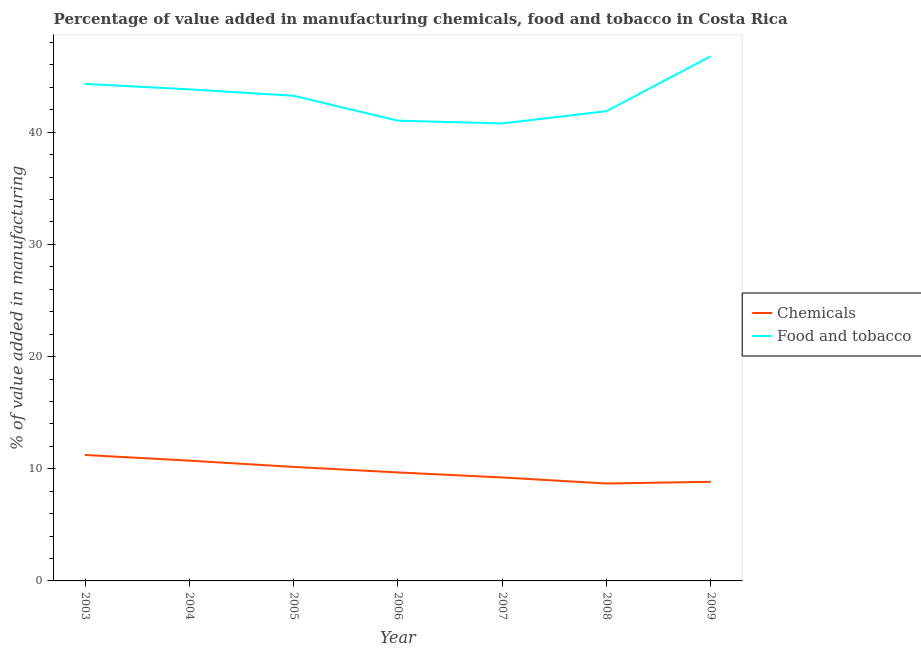
| Year | Chemicals | Food and tobacco |
 | --- | --- | --- |
 | 2003 | 11.2 | 44.3 |
 | 2004 | 10.7 | 43.8 |
 | 2005 | 10.2 | 43.3 |
 | 2006 | 9.67 | 41 |
 | 2007 | 9.22 | 40.8 |
 | 2008 | 8.68 | 41.9 |
 | 2009 | 8.84 | 46.8 |